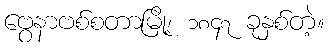
ဗွေနာဗစ်စတာမြို့၊ ၁၈၄၇ ခုနှစ်တဲ့။